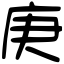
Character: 庚